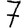
Digit: 7